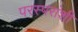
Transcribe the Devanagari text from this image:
परस्‍परांशी